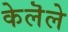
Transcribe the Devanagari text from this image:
केलॆले